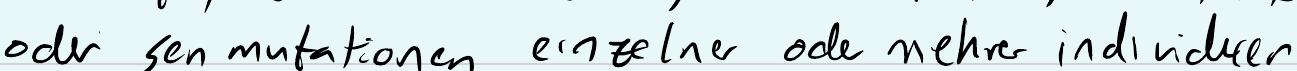
oder genmutationen einzelner oder mehrer individueller